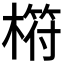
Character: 𣘧